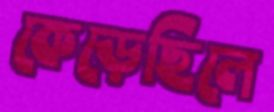
কেড়েছিলে